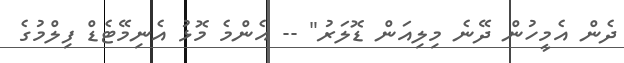
ދެން އެމީހުން ދޭނެ މިލިއަން ޑޮލަރު" -- އެންމެ މޮޅު އެނިމޭޓެޑް ފިލްމުގެ